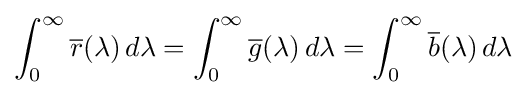
\int _{0}^{\infty }{\overline {r}}(\lambda )\,d\lambda =\int _{0}^{\infty }{\overline {g}}(\lambda )\,d\lambda =\int _{0}^{\infty }{\overline {b}}(\lambda )\,d\lambda